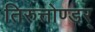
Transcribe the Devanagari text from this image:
तिरुत्तोण्डर्